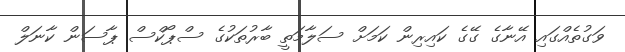
ވަގުތެއްގައި އޭނާގެ ގޭގެ ކައިރިން ކަމަށް ސަލާމަތީ ބާރުތަކުގެ ސްޕޯކްސް ޕާސަން ކާނަލް